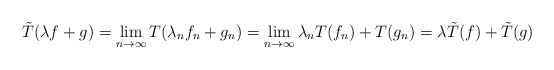
\begin{align*}\tilde{T}(\lambda f + g) = \lim_{n\rightarrow \infty} T(\lambda_n f_n + g_n) = \lim_{n\rightarrow \infty} \lambda_n T(f_n) + T(g_n) = \lambda \tilde{T}(f) + \tilde{T}(g)\end{align*}